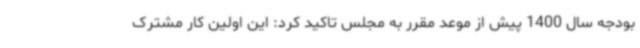
بودجه سال 1400 پیش از موعد مقرر به مجلس تاکید کرد: این اولین کار مشترک